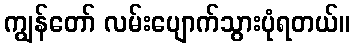
ကျွန်တော် လမ်းပျောက်သွားပုံရတယ်။